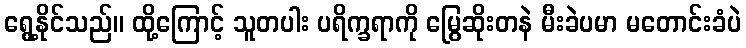
ရွေ့နိုင်သည်။ ထို့ကြောင့် သူတပါး ပရိက္ခရာကို မြွေဆိုးတနဲ မီးခဲပမာ မတောင်းခံပဲ